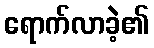
ရောက်လာခဲ့၏